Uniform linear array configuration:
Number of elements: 16
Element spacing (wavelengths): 1
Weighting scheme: uniform
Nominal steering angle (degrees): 15
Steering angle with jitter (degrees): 14.302
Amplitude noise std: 0.05
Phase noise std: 0.05

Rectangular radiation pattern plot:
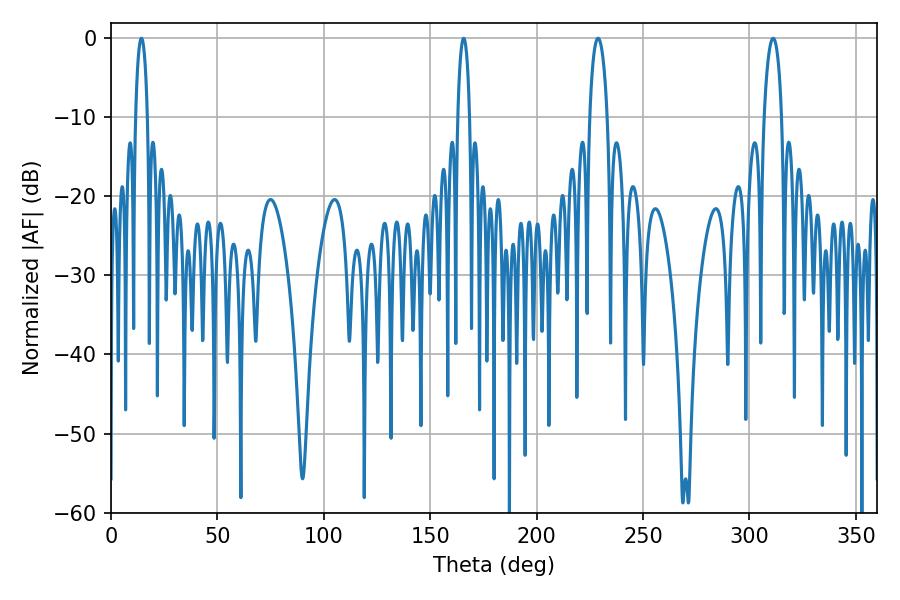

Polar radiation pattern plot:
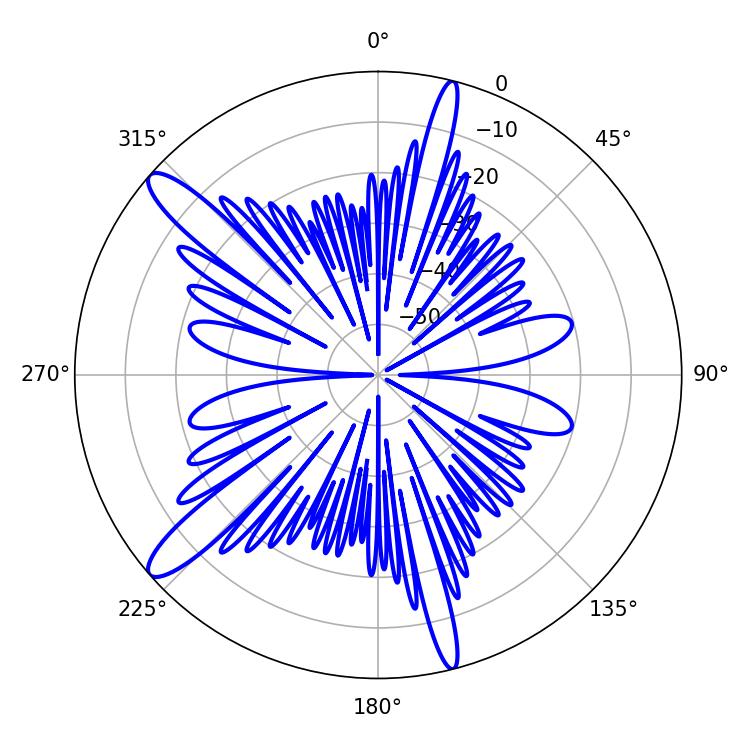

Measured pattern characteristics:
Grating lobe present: TRUE
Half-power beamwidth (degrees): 4.68
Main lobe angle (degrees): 228.78